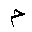
Letter: _mim